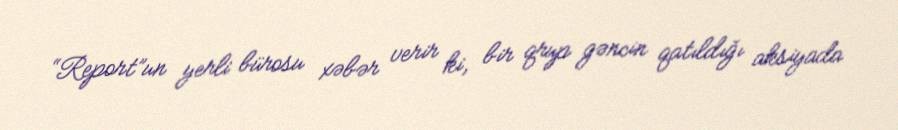
“Report”un yerli bürosu xəbər verir ki, bir qrup gəncin qatıldığı aksiyada